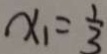
x _ { 1 } = \frac { 1 } { 3 }